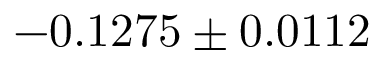
- 0 . 1 2 7 5 \pm 0 . 0 1 1 2